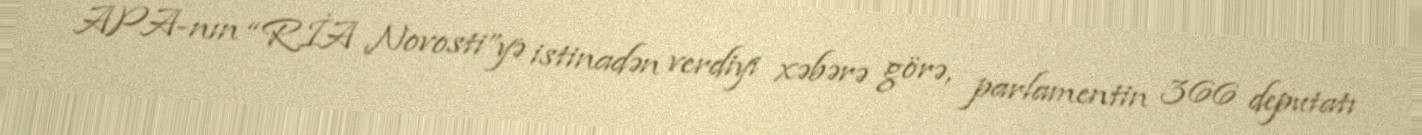
APA-nın “RİA Novosti”yə istinadən verdiyi xəbərə görə, parlamentin 366 deputatı